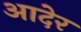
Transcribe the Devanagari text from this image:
आदेर